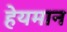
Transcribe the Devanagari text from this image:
हेयमान